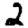
Digit: 2